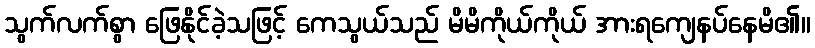
သွက်လက်စွာ ဖြေနိုင်ခဲ့သဖြင့် ကေသွယ်သည် မိမိကိုယ်ကိုယ် အားရကျေနပ်နေမိ၏။